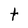
Character: t